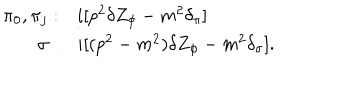
LaTeX: \begin{array} { r l } { { \pi _ { 0 } , \pi _ { j } : } } & { { i [ p ^ { 2 } \delta Z _ { \phi } - m ^ { 2 } \delta _ { \pi } ] } } \\ { { \sigma : } } & { { i [ ( p ^ { 2 } - m ^ { 2 } ) \delta Z _ { \phi } - m ^ { 2 } \delta _ { \sigma } ] . } } \\ \end{array}